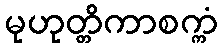
မုဟုတ္တိကာစက္ကံ